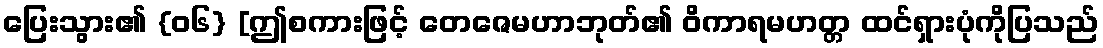
ပြေးသွား၏ {၀၆} [ဤစကားဖြင့် တေဇေမဟာဘုတ်၏ ဝိကာရမဟတ္တ ထင်ရှားပုံကိုပြသည်